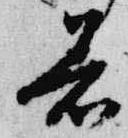
著